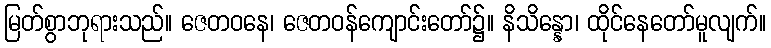
မြတ်စွာဘုရားသည်။ ဇေတဝနေ၊ ဇေတဝန်ကျောင်းတော်၌။ နိသိန္နော၊ ထိုင်နေတော်မူလျက်။